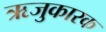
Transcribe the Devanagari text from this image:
ऋजुकारक